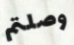
وصلتم